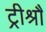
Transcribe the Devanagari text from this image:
ट्रीश्रौ